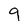
Character: g